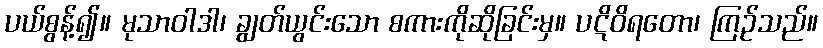
ပယ်စွန့်၍။ မုသာဝါဒါ၊ ချွတ်ယွင်းသော စကားကိုဆိုခြင်းမှ။ ပဋိဝိရတော၊ ကြဉ်သည်။